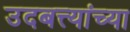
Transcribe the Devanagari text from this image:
उदबत्त्यांच्या